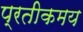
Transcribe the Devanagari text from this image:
प्रतीकमय